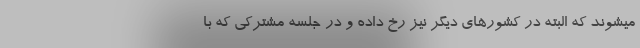
میشوند که البته در کشورهای دیگر نیز رخ داده و در جلسه مشترکی که با